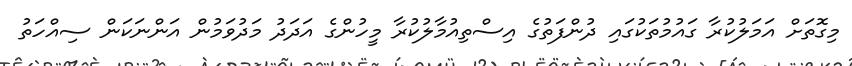
މިގޮތަށް އަމަލުކުރާ ގައުމުތަކުގައި ދުންފަތުގެ އިސްތިއުމާލުކުރާ މީހުންގެ އަދަދު މަދުވަމުން އަންނަކަން ސިއްހަތު